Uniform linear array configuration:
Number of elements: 12
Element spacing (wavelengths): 0.5
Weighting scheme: uniform
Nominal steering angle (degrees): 30
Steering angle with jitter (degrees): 30.144
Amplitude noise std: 0.05
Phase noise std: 0.05

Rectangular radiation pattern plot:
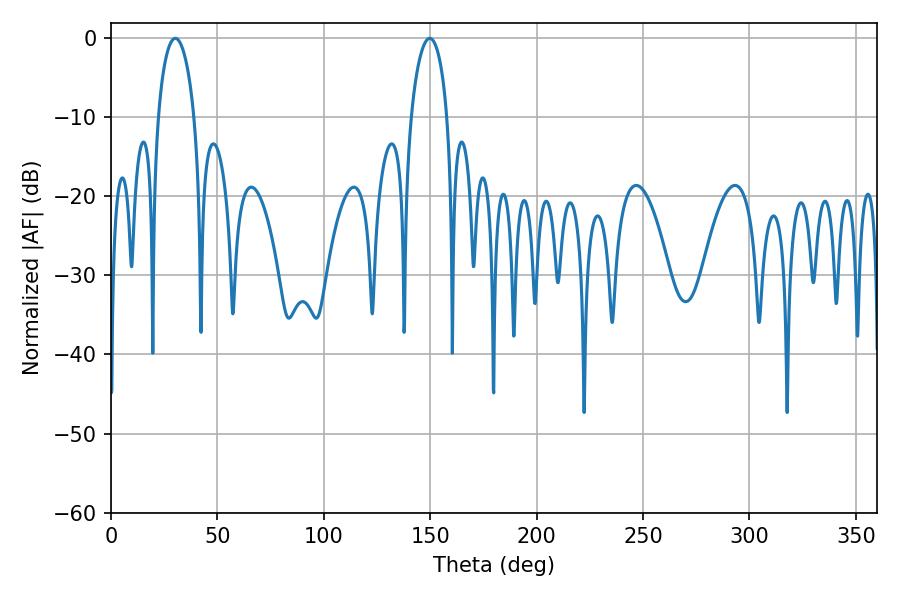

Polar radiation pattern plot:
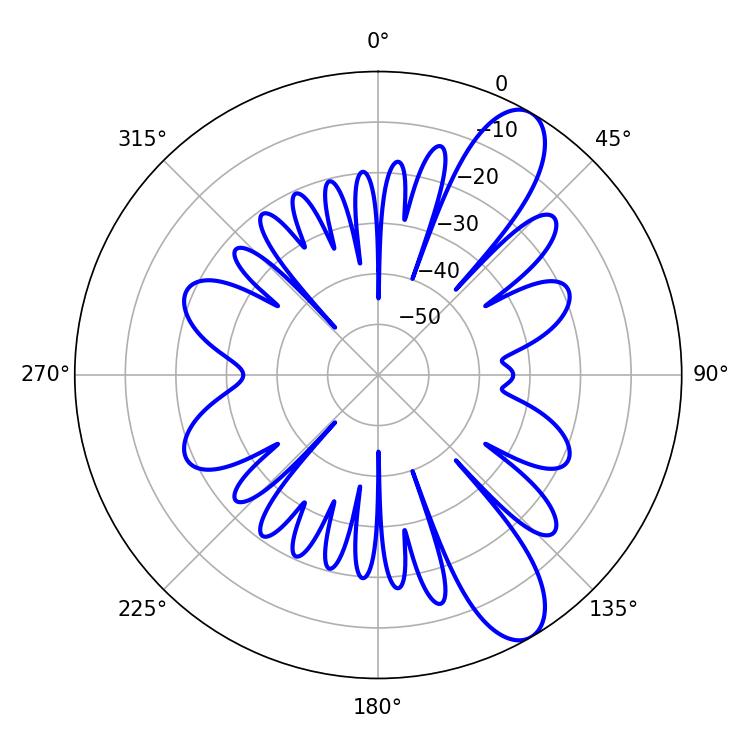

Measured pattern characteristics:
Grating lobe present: FALSE
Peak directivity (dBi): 10.329
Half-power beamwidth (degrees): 9.72
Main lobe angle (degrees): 30.24